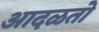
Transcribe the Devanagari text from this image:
आदळतो